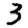
Digit: 3